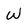
Character: W